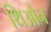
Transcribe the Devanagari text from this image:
थिओन